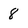
Character: 8